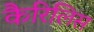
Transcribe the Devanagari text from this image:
कैरिलिस